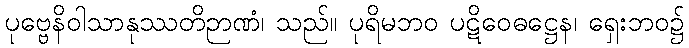
ပုဗ္ဗေနိဝါသာနုဿတိဉာဏံ၊ သည်။ ပုရိမဘဝ ပဋိဝေဓဋ္ဌေန၊ ရှေးဘဝ၌